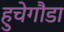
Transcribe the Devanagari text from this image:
हुचेगौडा